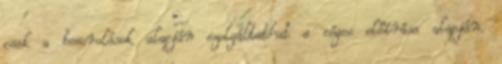
csak a besorolások alapján szolgáltathat a céges előírása alapján.